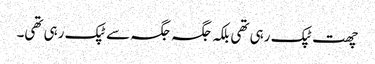
چھت ٹپک رہی تھی بلکہ جگہ جگہ سے ٹپک رہی تھی۔